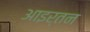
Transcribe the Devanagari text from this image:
आइर्तन